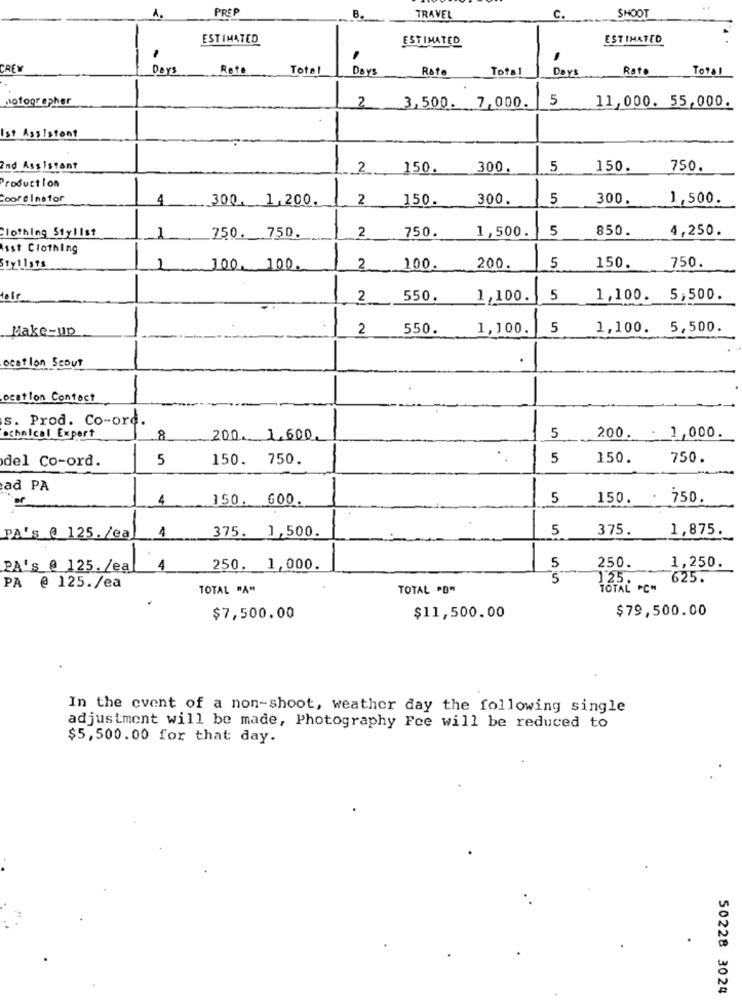
PREF
SHOOT
TRAVEL
C.
ESTIMATED
ESTIMATED
ESTIMATED
-
CREM
Days
Rete
Total
Days
Rate
Total
Days
Rate
Total
notographer
5
2 3,500. 7,000.
11,000. 55,000.
Ist Assistant
and Assistant
--
2
150.
300.
5
150.
750.
Productlon
1-
Coordinator
4
300. 1,200.
150.
300.
5
300.
1,500.
Clothing Stylist
750
1,500.
5
850.
4,250.
1
750. 750.
2
Asst Clothing
Sty11sts
1
100. 100.
2
100.
200.
5
150.
750.
2
550.
1,100.
5
1,100. 5,500.
Make-up
2
550.
1,100.
5
1,100. 5,500.
ocation Scout
Location Contact
s. Prod. Co-ord.
-
ochalcal Expert
8
200. 1.600.
5
200. . 1,000.
del Co-ord.
5
150. 750.
-
5
150.
750.
ad PA
4
150. 600.
5
150.
750
375. 1,500.
5
375.
1,875.
PA's @ 125./ea
1
PA's @ 125./ea
4
250. 1,000.
5
250.
1,250.
's
125.
625.
PA @ 125./ea
TOTAL "A"
TOTAL "B"
TOTAL PCH
$79,500.00
$7,500.00
$11,500.00
In the event of a non-shoot, weather day the following single
adjustment will be made, Photography Fee will be reduced to
$5,500.00 for that day.
50228 3024